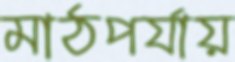
মাঠপর্যায়